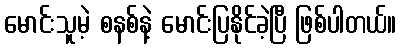
မောင်းသူမဲ့ စနစ်နဲ့ မောင်းပြနိုင်ခဲ့ပြီ ဖြစ်ပါတယ်။